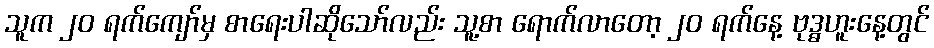
သူက ၂၀ ရက်ကျော်မှ စာရေးပါဆိုသော်လည်း သူ့စာ ရောက်လာတော့ ၂၀ ရက်နေ့ ဗုဒ္ဓဟူးနေ့တွင်